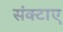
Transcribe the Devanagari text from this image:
संक्टाए